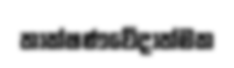
තාක්ෂණවේදාත්මක